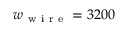
w _ { \mathrm { ~ w ~ i ~ r ~ e ~ } } = 3 2 0 0